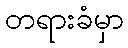
တရားခံမှာ